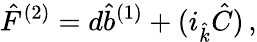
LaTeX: {\hat{F}}^{(2)}=d{\hat{b}}^{(1)}+(i_{\hat{k}}{\hat{C}})\, ,